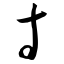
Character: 寸